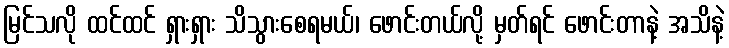
မြင်သလို ထင်ထင် ရှားရှား သိသွားစေရမယ်၊ ဖောင်းတယ်လို့ မှတ်ရင် ဖောင်းတာနဲ့ အသိနဲ့